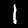
Digit: 1